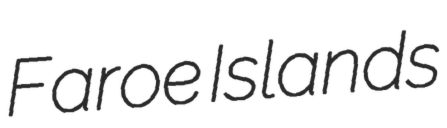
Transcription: Faroe Islands